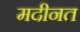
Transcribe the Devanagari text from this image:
मदीनत